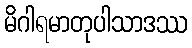
မိဂါရမာတုပါသာဒဿ